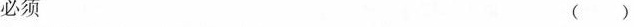
必须 ( )